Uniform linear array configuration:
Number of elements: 8
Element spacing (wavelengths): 0.25
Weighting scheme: cosine
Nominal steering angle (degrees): -15
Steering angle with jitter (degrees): -15.396
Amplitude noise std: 0.05
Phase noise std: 0.05

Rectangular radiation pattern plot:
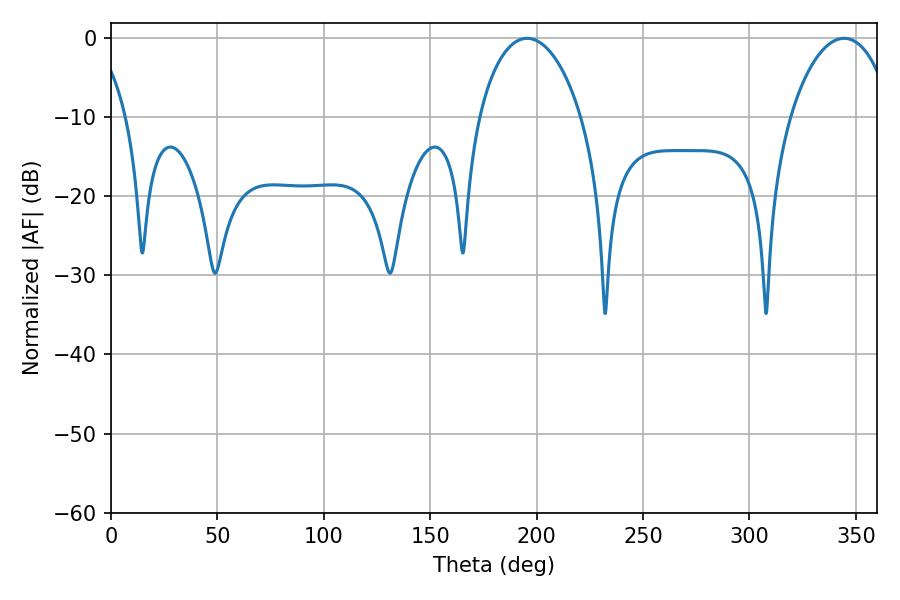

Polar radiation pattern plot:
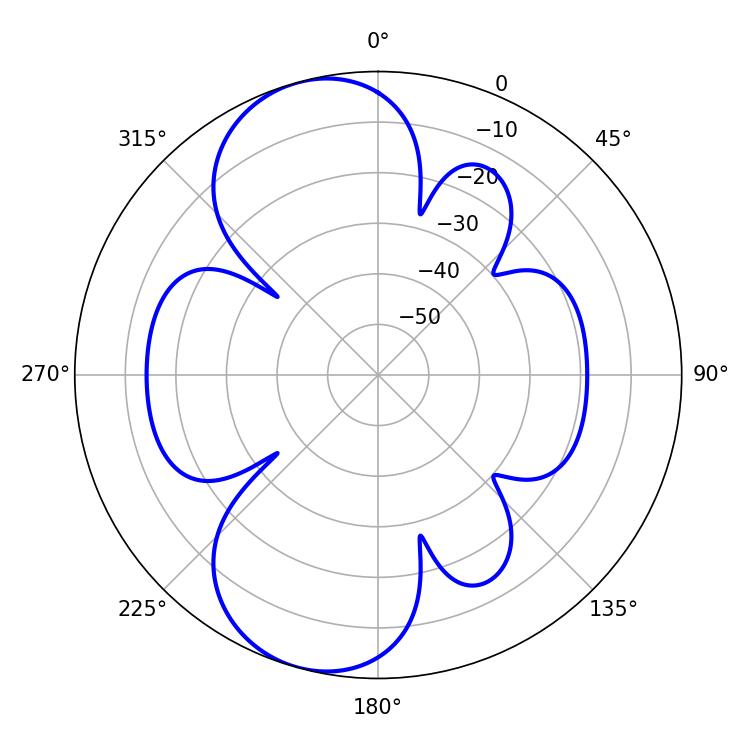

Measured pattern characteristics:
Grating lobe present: FALSE
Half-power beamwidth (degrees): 27.36
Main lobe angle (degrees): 195.48